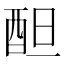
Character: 𨠚